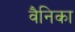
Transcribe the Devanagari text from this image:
वैनिका